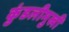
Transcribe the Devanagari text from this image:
कुंडलीमुखी